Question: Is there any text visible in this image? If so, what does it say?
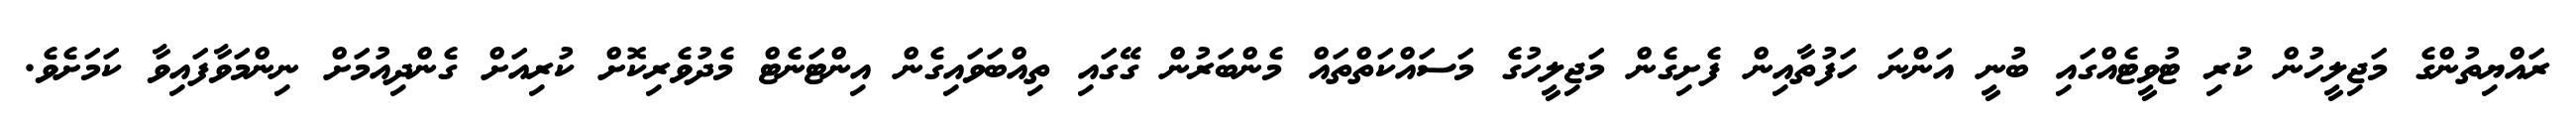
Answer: ރައްޔިތުންގެ މަޖިލީހުން ކުރި ޓުވީޓެއްގައި ބުނީ އަންނަ ހަފުތާއިން ފެށިގެން މަޖިލީހުގެ މަސައްކަތްތައް މެންބަރުން ގޭގައި ތިއްބަވައިގެން އިންޓަނެޓް މެދުވެރިކޮށް ކުރިއަށް ގެންދިއުމަށް ނިންމަވާފައިވާ ކަމަށެވެ.